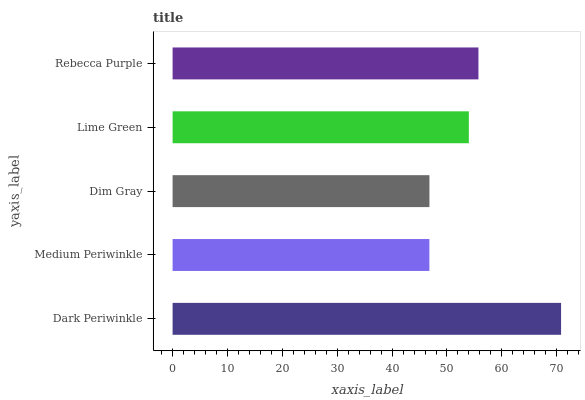
| yaxis_label | bars |
 | --- | --- |
 | Dark Periwinkle | 70.8 |
 | Medium Periwinkle | 46.8 |
 | Dim Gray | 46.8 |
 | Lime Green | 54 |
 | Rebecca Purple | 55.7 |